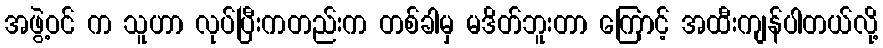
အဖွဲ့ဝင် က သူဟာ လုပ်ပြီးကတည်းက တစ်ခါမှ မဒိတ်ဘူးတာ ကြောင့် အထီးကျန်ပါတယ်လို့